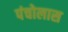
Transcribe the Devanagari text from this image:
पंचोलास